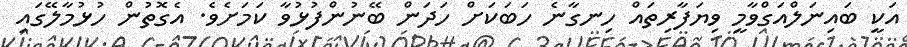
އަކީ ބައިނަލްއަގްވާމީ ވިޔަފާރިތައް ހިނގާނެ ހަބަކަށް ހަދަން ބޭނުންފުޅުވާ ކަމަށެވެ. އެގޮތުން ހުޅުމާލޭގައި